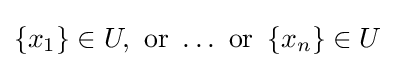
\left\{x_{1}\right\}\in U,{\text{ or }}\ldots {\text{ or }}\left\{x_{n}\right\}\in U